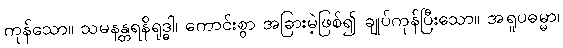
ကုန်သော။ သမနန္တရနိရုဒ္ဓါ၊ ကောင်းစွာ အခြားမဲ့ဖြစ်၍ ချုပ်ကုန်ပြီးသော။ အရူပဓမ္မာ၊